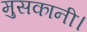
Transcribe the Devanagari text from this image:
मुसकानी।